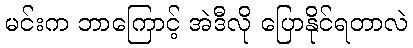
မင်းက ဘာကြောင့် အဲဒီလို ပြောနိုင်ရတာလဲ